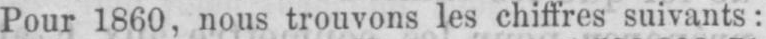
Pour 1860, nous trouvons les chiffres suivants: